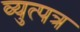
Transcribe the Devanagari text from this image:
व्युत्पत्र